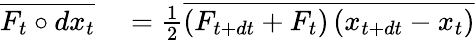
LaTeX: \begin{array}{rl}{\overline{{F_{t}\circ d{x}_{t}}}}&{{}=\frac 12\overline{{\left(F_{t+dt}+F_{t}\right)\left(x_{t+dt}-x_{t}\right)}}}\end{array}